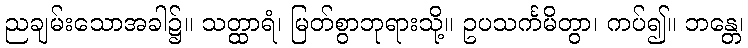
ညချမ်းသောအခါ၌။ သတ္ထာရံ၊ မြတ်စွာဘုရားသို့။ ဥပသင်္ကမိတွာ၊ ကပ်၍။ ဘန္တေ၊